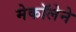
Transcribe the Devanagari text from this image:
मेकॉलेने